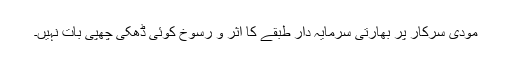
مودی سرکار پر بھارتی سرمایہ دار طبقے کا اثر و رسوخ کوئی ڈھکی چھپی بات نہیں۔